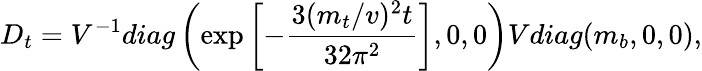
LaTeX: D_{t}=V^{-1}diag\left(\exp\left[-\frac{3(m_{t}/v)^{2}t}{32\pi^{2}}\right],0,0\right)Vdiag(m_{b},0,0),